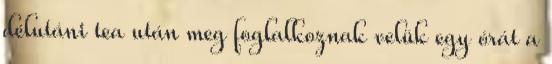
délutáni tea után meg foglalkoznak velük egy órát a